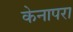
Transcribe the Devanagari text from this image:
केनापरा